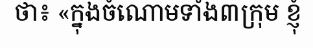
ថា៖ «ក្នុងចំណោមទាំង៣ក្រុម ខ្ញុំ